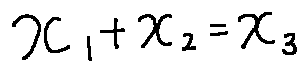
x _ { 1 } + x _ { 2 } = x _ { 3 }